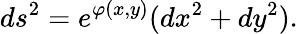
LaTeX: ds^{2}=e^{\varphi(x,y)}(dx^{2}+dy^{2}).